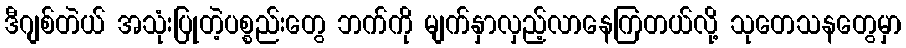
ဒီဂျစ်တဲယ် အသုံးပြုတဲ့ပစ္စည်းတွေ ဘက်ကို မျက်နှာလှည့်လာနေကြတယ်လို့ သုတေသနတွေမှာ